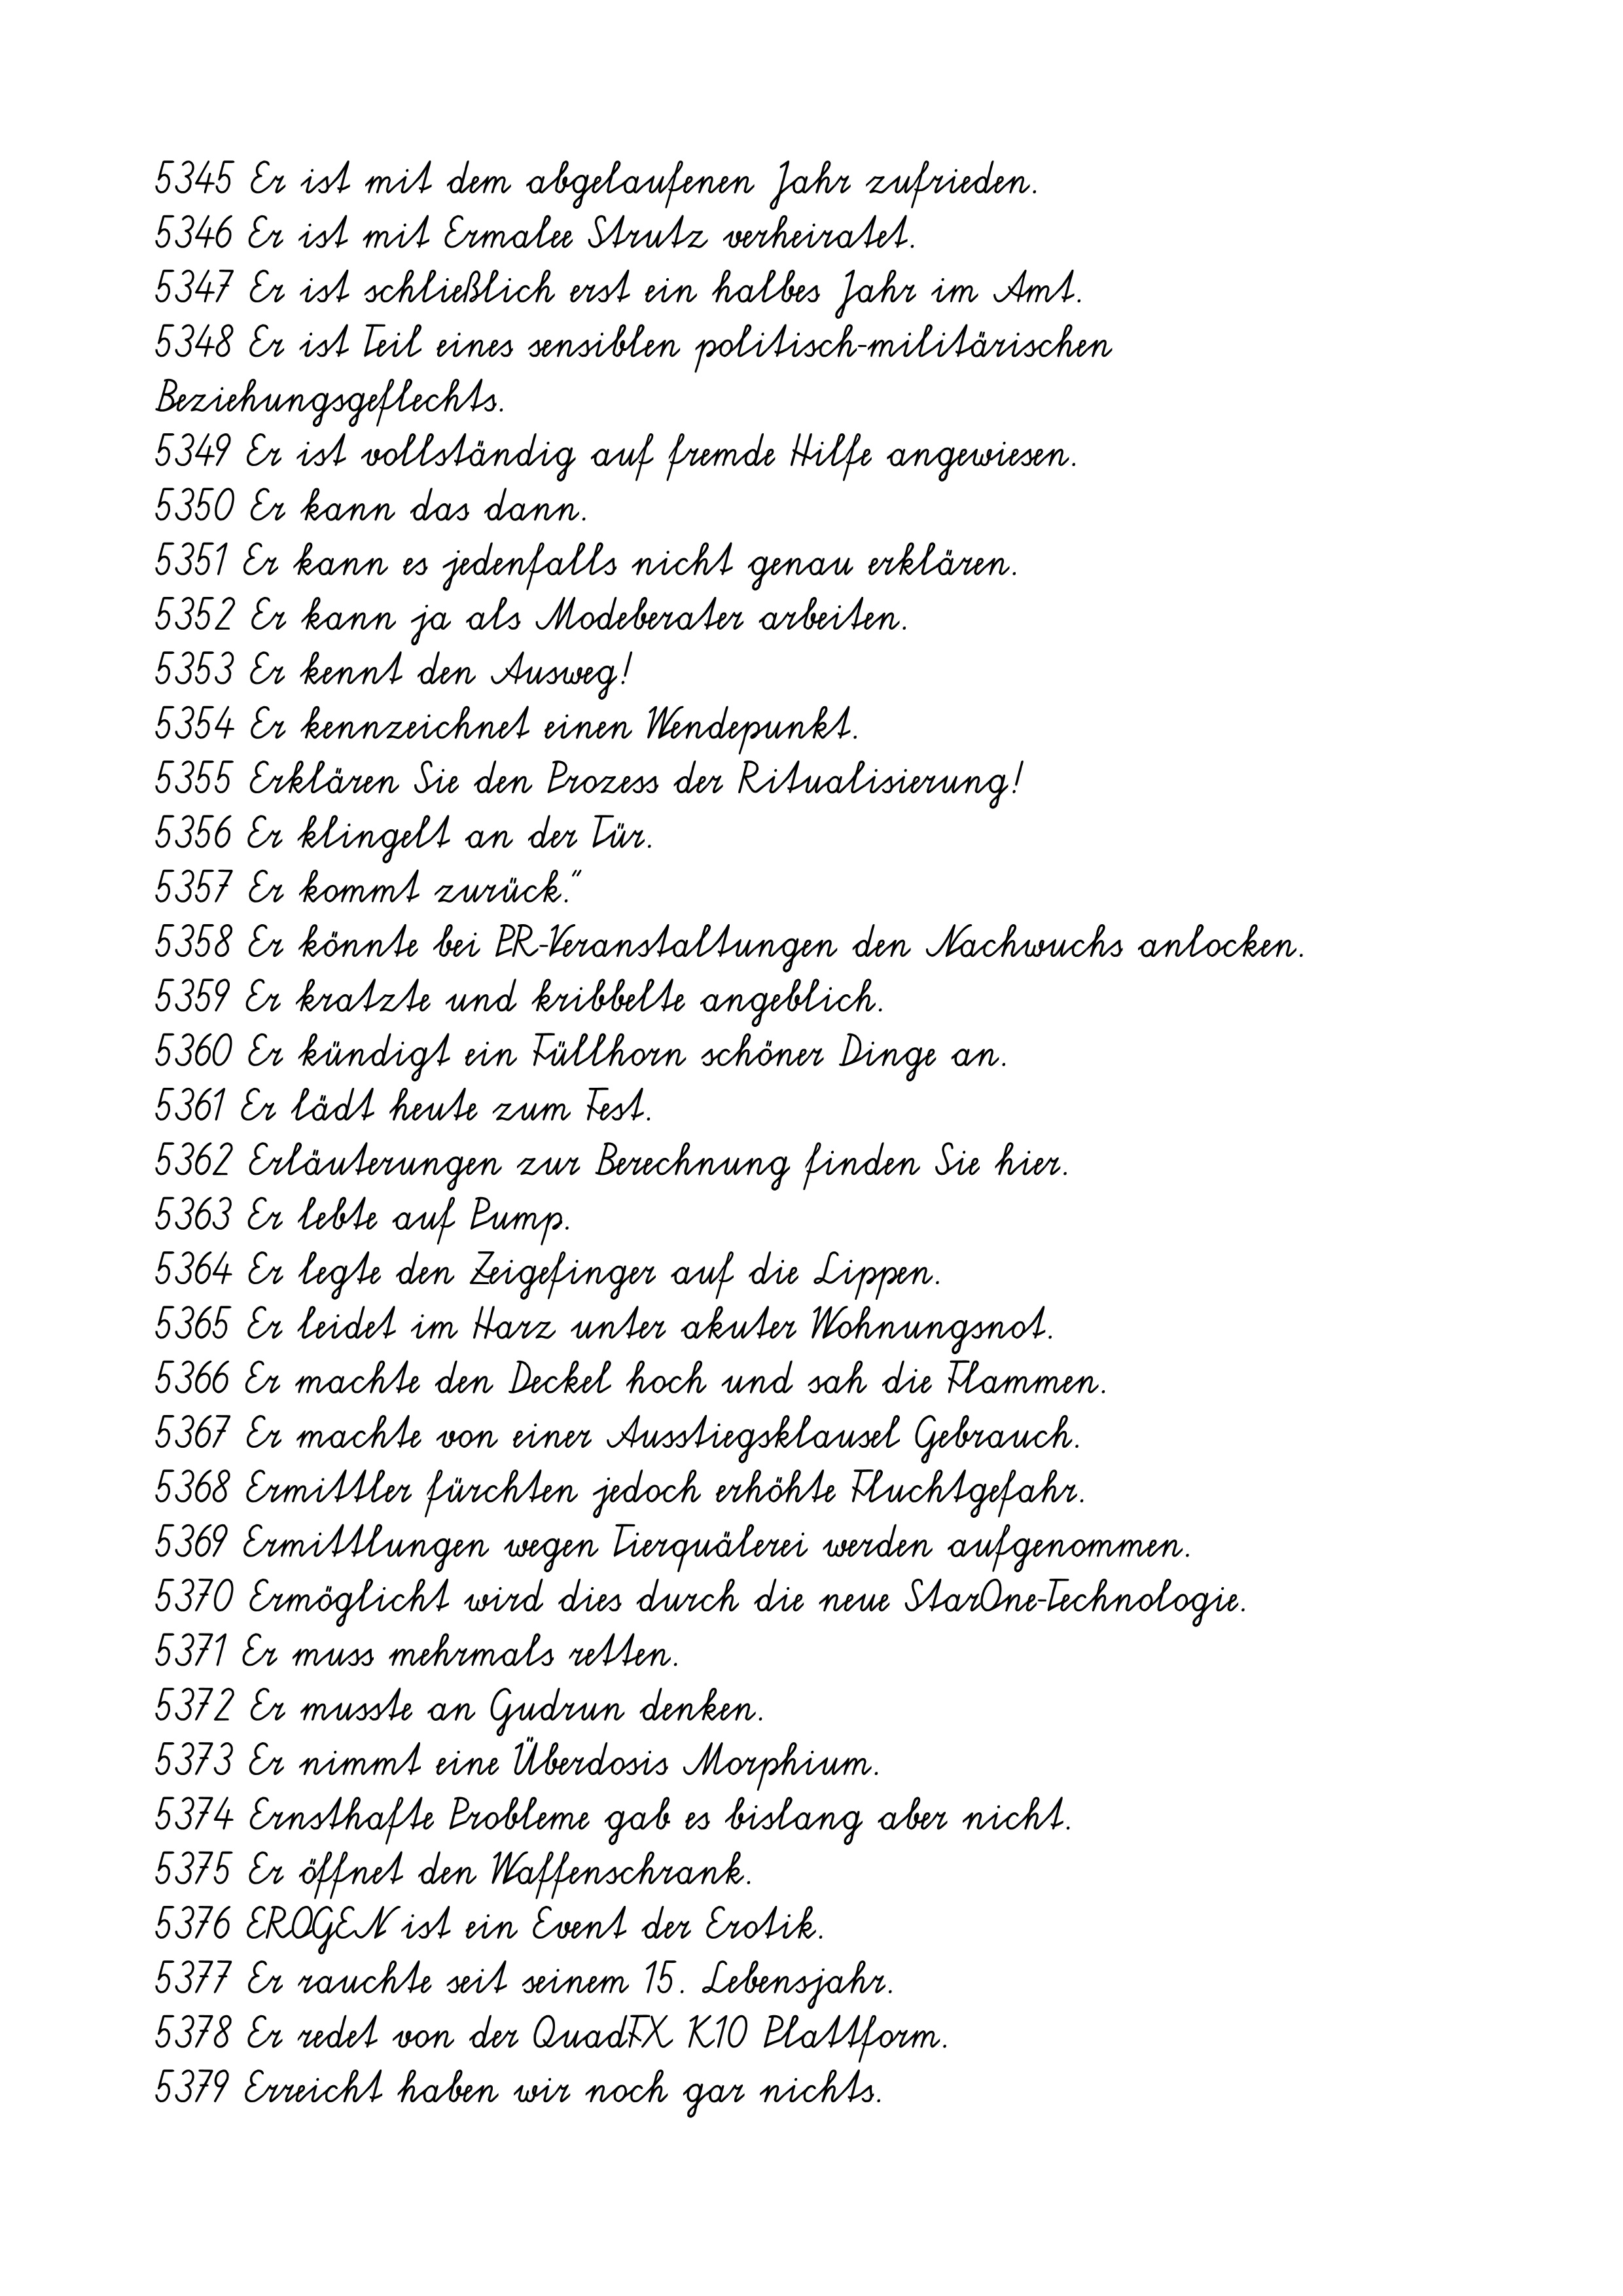
5345 Er ist mit dem abgelaufenen Jahr zufrieden.
5346 Er ist mit Ermalee Strutz verheiratet.
5347 Er ist schließlich erst ein halbes Jahr im Amt.
5348 Er ist Teil eines sensiblen politisch-militärischen
Beziehungsgeflechts.
5349 Er ist vollständig auf fremde Hilfe angewiesen.
5350 Er kann das dann.
5351 Er kann es jedenfalls nicht genau erklären.
5352 Er kann ja als Modeberater arbeiten.
5353 Er kennt den Ausweg!
5354 Er kennzeichnet einen Wendepunkt.
5355 Erklären Sie den Prozess der Ritualisierung!
5356 Er klingelt an der Tür.
5357 Er kommt zurück."
5358 Er könnte bei PR-Veranstaltungen den Nachwuchs anlocken.
5359 Er kratzte und kribbelte angeblich.
5360 Er kündigt ein Füllhorn schöner Dinge an.
5361 Er lädt heute zum Fest.
5362 Erläuterungen zur Berechnung finden Sie hier.
5363 Er lebte auf Pump.
5364 Er legte den Zeigefinger auf die Lippen.
5365 Er leidet im Harz unter akuter Wohnungsnot.
5366 Er machte den Deckel hoch und sah die Flammen.
5367 Er machte von einer Ausstiegsklausel Gebrauch.
5368 Ermittler fürchten jedoch erhöhte Fluchtgefahr.
5369 Ermittlungen wegen Tierquälerei werden aufgenommen.
5370 Ermöglicht wird dies durch die neue StarOne-Technologie.
5371 Er muss mehrmals retten.
5372 Er musste an Gudrun denken.
5373 Er nimmt eine Überdosis Morphium.
5374 Ernsthafte Probleme gab es bislang aber nicht.
5375 Er öffnet den Waffenschrank.
5376 EROGEN ist ein Event der Erotik.
5377 Er rauchte seit seinem 15. Lebensjahr.
5378 Er redet von der QuadFX K10 Plattform.
5379 Erreicht haben wir noch gar nichts.